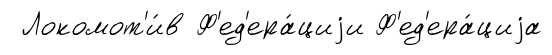
Локомот'и́в Ф'ед'ера́циjи Ф'ед'ера́циjа